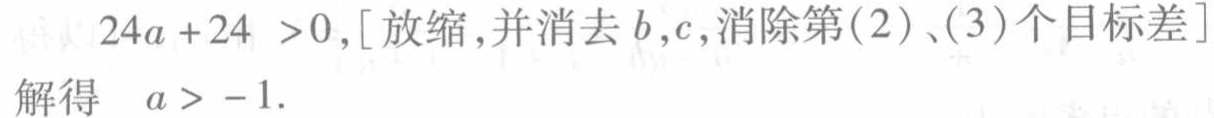
$24a + 24 >0,[放缩,并消去b,c,消除第(2)、(3)个目标差]\\
解得\ \ a > -1.$